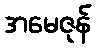
အမေဇုန်